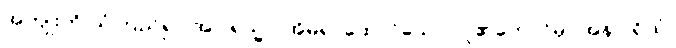
အကျိုးကို ယုံကြည်၍။ အဂါရသ္မာ၊ အိမ်ရာထောင်သော လူ၏ဘောင်မှ။ အနဂါရိယံ၊